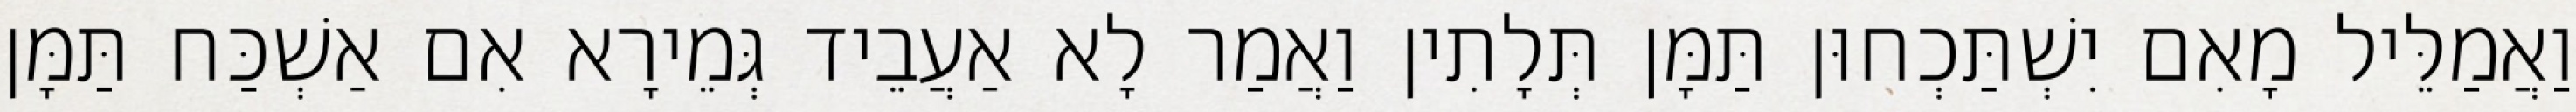
וַאֲמַלֵּיל מָאִם יִשְׁתַּכְחוּן תַּמָּן תְּלָתִין וַאֲמַר לָא אַעֲבֵיד גְּמֵירָא אִם אַשְׁכַּח תַּמָּן